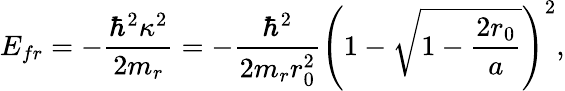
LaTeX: E_{fr}=-\frac{\hbar^{2}\kappa^{2}}{2m_{r}}=-\frac{\hbar^{2}}{2m_{r}r_{0}^{2}}\left(1-\sqrt{1-\frac{2r_{0}}{a}}\right)^{2},